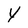
Character: y